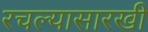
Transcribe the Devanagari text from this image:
रचल्यासारखी